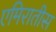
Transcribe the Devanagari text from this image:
एमिरातीस